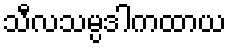
သီလသမ္ပဒါကထာယ